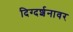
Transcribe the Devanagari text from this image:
दिग्दर्शनावर